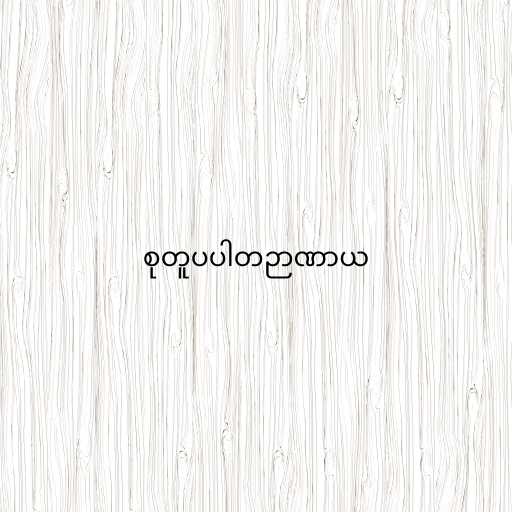
စုတူပပါတဉာဏာယ